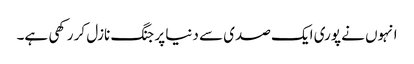
انہوں نے پوری ایک صدی سے دنیا پر جنگ نازل کر رکھی ہے۔